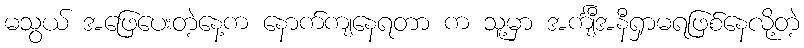
မသွယ် အဖြေပေးတဲ့နေ့က နောက်ကျနေရတာ က သူ့မှာ အင်္ကျီအနီရှာမရဖြစ်နေလို့တဲ့